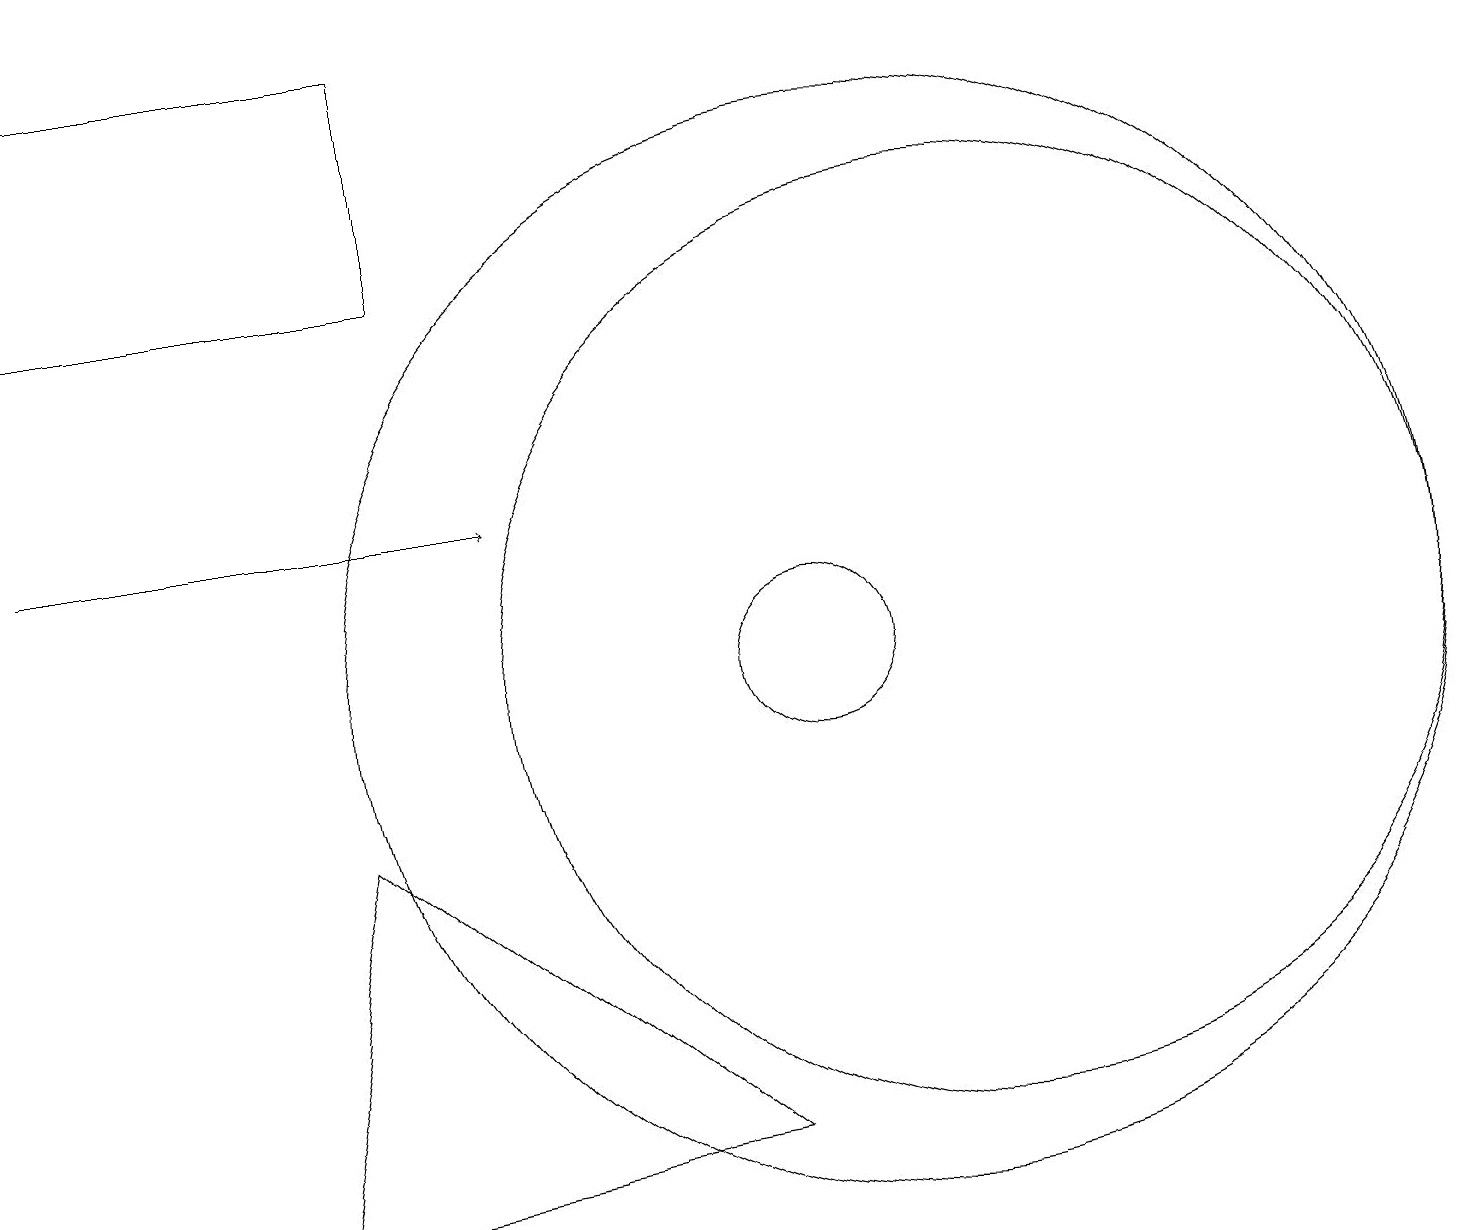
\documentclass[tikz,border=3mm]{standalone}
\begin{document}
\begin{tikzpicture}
\draw[->] (0,13) -- (6,13);
\draw (10,11) circle (1);
\draw (0,19) rectangle (5,16);
\draw (12,11) circle (0);
\draw (9,5) -- (3,4) -- (4,9) -- cycle;
\draw (12,11) circle (6);
\draw (11,11) circle (7);
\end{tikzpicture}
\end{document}